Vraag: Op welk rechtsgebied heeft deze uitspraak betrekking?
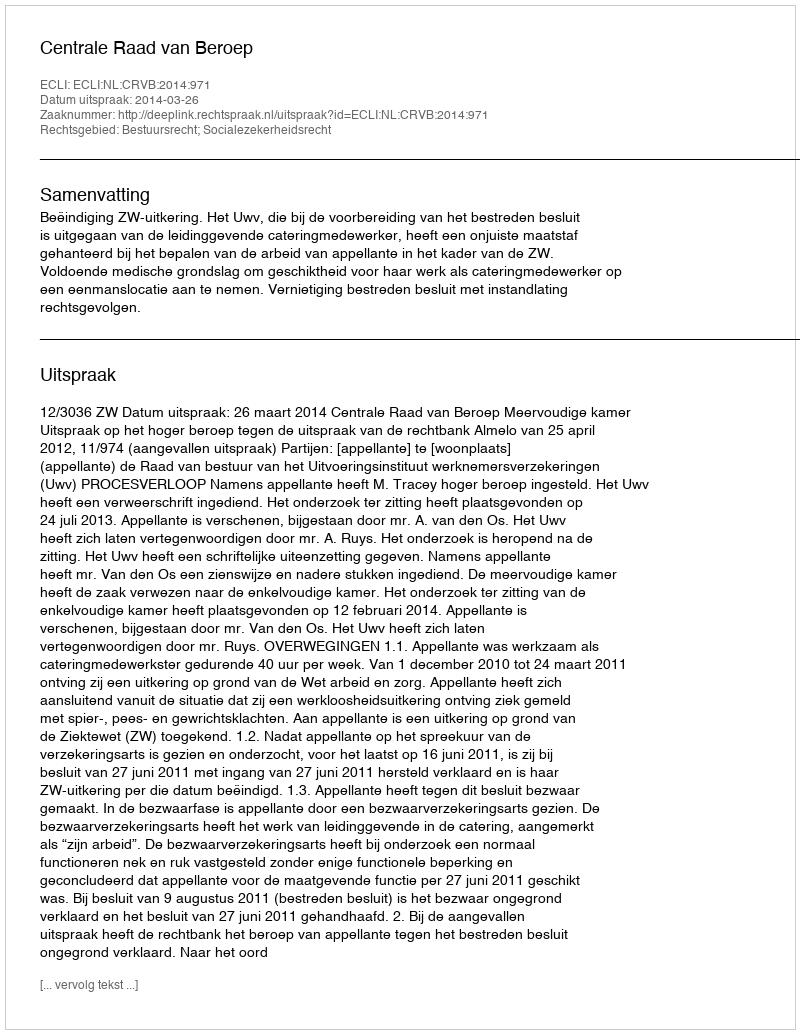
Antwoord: Bestuursrecht; Socialezekerheidsrecht